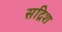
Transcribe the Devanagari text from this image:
सद्रिश